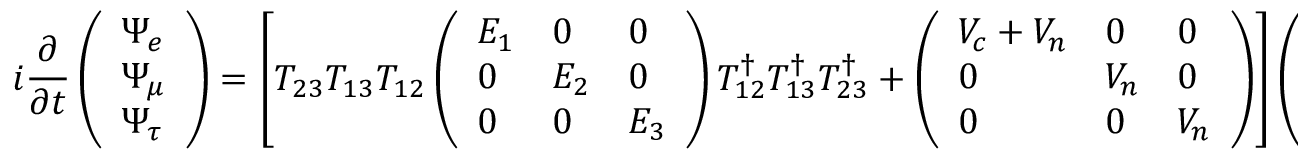
i \frac { \partial } { \partial t } \left( \begin{array} { l } { { \Psi _ { e } } } \\ { { \Psi _ { \mu } } } \\ { { \Psi _ { \tau } } } \end{array} \right) = \left[ T _ { 2 3 } T _ { 1 3 } T _ { 1 2 } \left( \begin{array} { l l l } { { E _ { 1 } } } & { { 0 } } & { { 0 } } \\ { { 0 } } & { { E _ { 2 } } } & { { 0 } } \\ { { 0 } } & { { 0 } } & { { E _ { 3 } } } \end{array} \right) T _ { 1 2 } ^ { \dagger } T _ { 1 3 } ^ { \dagger } T _ { 2 3 } ^ { \dagger } + \left( \begin{array} { l l l } { { V _ { c } + V _ { n } } } & { { 0 } } & { { 0 } } \\ { { 0 } } & { { V _ { n } } } & { { 0 } } \\ { { 0 } } & { { 0 } } & { { V _ { n } } } \end{array} \right) \right] \left( \begin{array} { l } { { \Psi _ { e } } } \\ { { \Psi _ { \mu } } } \\ { { \Psi _ { \tau } } } \end{array} \right) ,